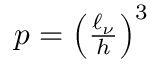
\begin{array} { r } { p = \left( \frac { \ell _ { \nu } } { h } \right) ^ { 3 } } \end{array}